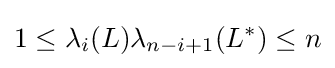
1\leq \lambda _{i}(L)\lambda _{n-i+1}(L^{*})\leq n